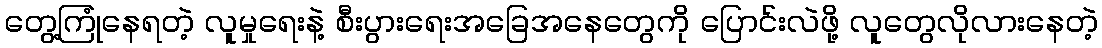
တွေ့ကြုံနေရတဲ့ လူမှုရေးနဲ့ စီးပွားရေးအခြေအနေတွေကို ပြောင်းလဲဖို့ လူတွေလိုလားနေတဲ့